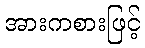
အားကစားဖြင့်